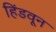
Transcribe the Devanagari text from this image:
हिंडवून